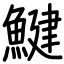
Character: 鰎